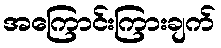
အကြောင်းကြားချက်